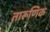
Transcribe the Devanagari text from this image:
तारूणिक